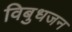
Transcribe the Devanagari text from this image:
विबुधजन